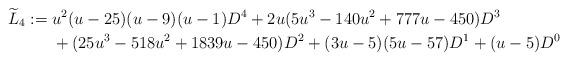
LaTeX: \begin{align*}\widetilde L_4:={}&u^2(u-25) (u-9) (u-1) D^{4}+2 u (5 u^3-140 u^2+777 u-450)D^3\\{}&+(25 u^3-518 u^2+1839 u-450)D^{2}+(3 u-5) (5 u-57)D^{1}+(u-5)D^{0}\end{align*}